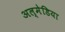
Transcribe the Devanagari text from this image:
अल्मेडिया